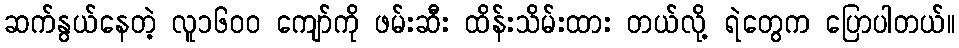
ဆက်နွယ်နေတဲ့ လူ၁၆၀၀ ကျော်ကို ဖမ်းဆီး ထိန်းသိမ်းထား တယ်လို့ ရဲတွေက ပြောပါတယ်။